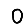
Digit: 0